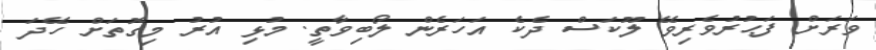
ވަރަށް ފަޙުރުވެރިވޭ ލޫކަސް ދެކެ އަހަރެން ލޯބިވާތީ. މުޅި އުރު މިގޮތަށް ހޭދަ